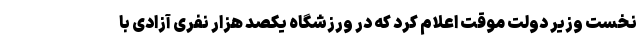
نخست وزیر دولت موقت اعلام کرد که در ورزشگاه یکصد هزار نفری آزادی با